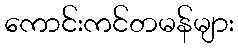
ကောင်းကင်တမန်များ